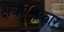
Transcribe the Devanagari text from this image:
क्षेत्राधिकार्